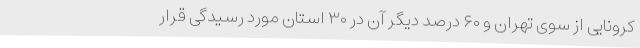
کرونایی از سوی تهران و ۶۰ درصد دیگر آن در ۳۰ استان مورد رسیدگی قرار